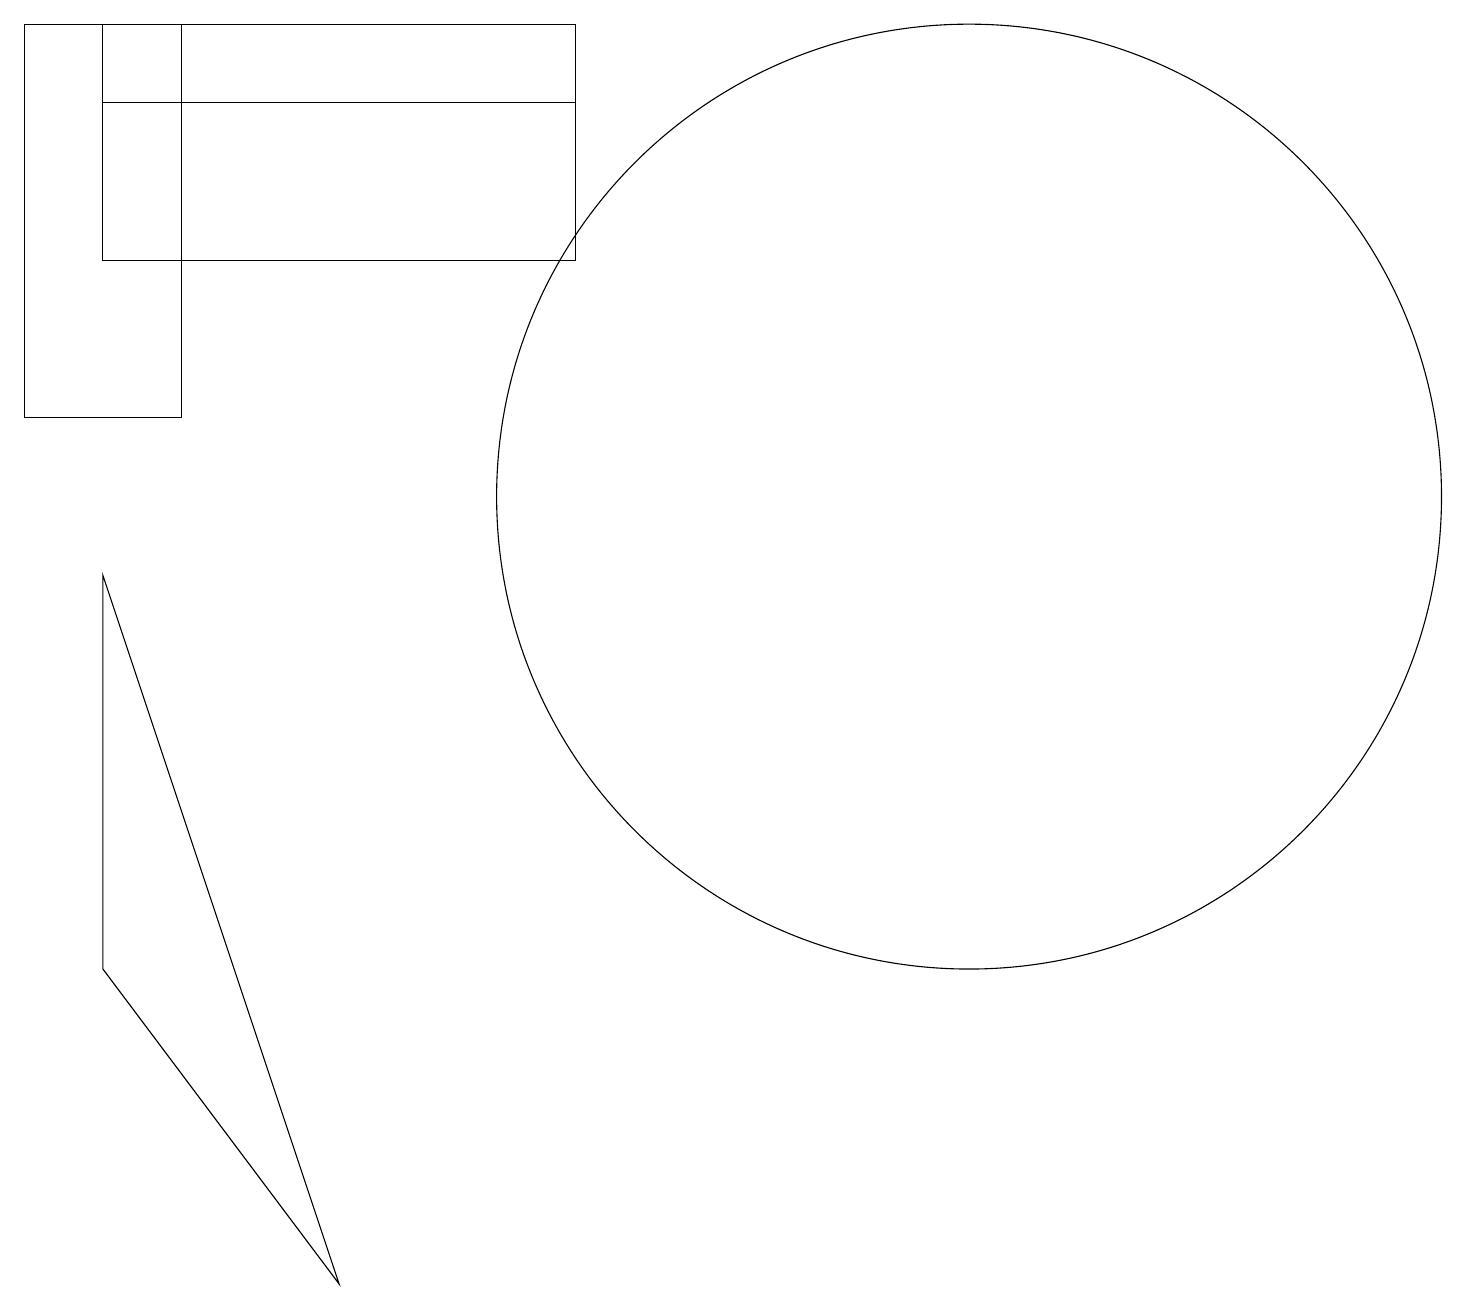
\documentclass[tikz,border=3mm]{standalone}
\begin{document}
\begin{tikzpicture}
\draw (1,9) -- (1,4) -- (4,0) -- cycle;
\draw (12,10) circle (6);
\draw (7,16) rectangle (5,16);
\draw (0,16) rectangle (2,11);
\draw (7,15) rectangle (1,13);
\draw (1,15) rectangle (7,16);
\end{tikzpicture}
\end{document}